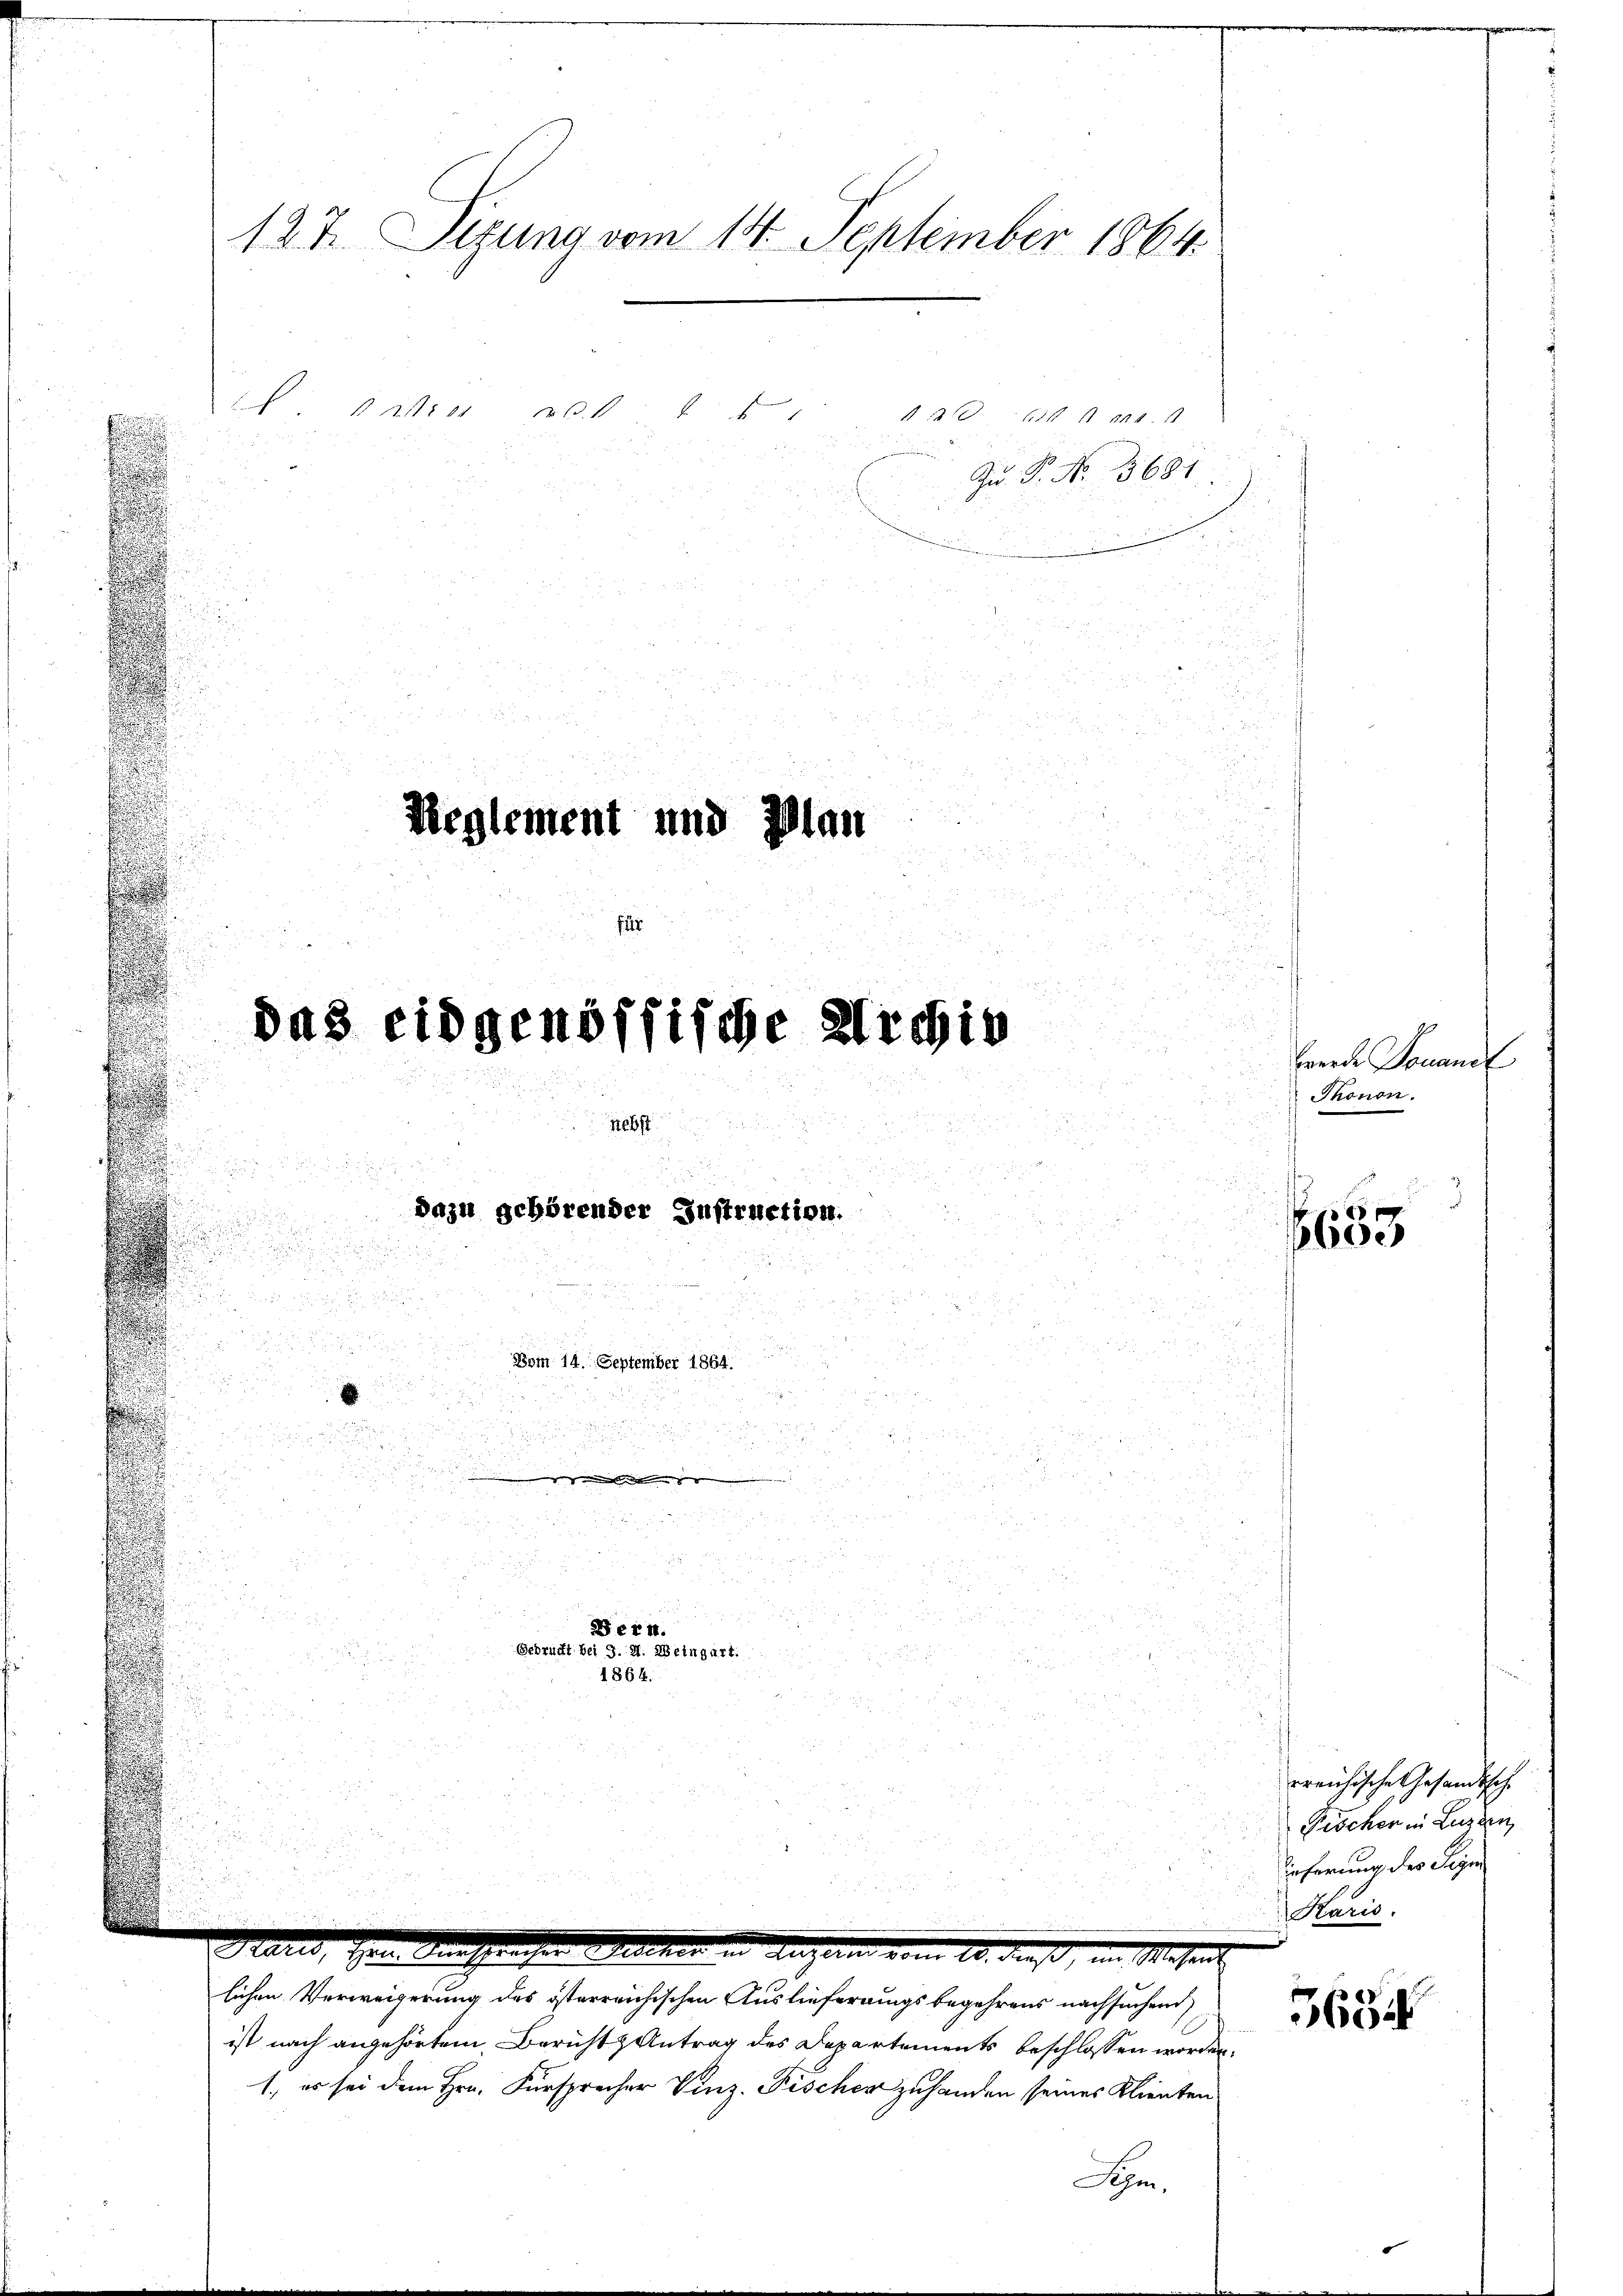
N. 118. 21. No. 1
Reglement und Plan
das eidgenössische Archiv

127. Sizung vom 14. September 1864.

i
d

.
dazu gehörender Instruction.

2
Vom 14. September 1864.

u
u

n
2
r
Bern.
Gebrückt bei J. H. Weingart.
1864.

10 bis an. 1
Zu P. No. 3681

.
.
Gares, den einsprechen verner in Ausein vom 10. dieß, im Wesents
lichen Verweigerung des österreichischen Auslieferungsbegehrens nachsuchend

ist nach angehörtem Bericht Antrag des Departements beschlossen worden.
1., es sei dem Hrn. Fürsprecher Vinz. Fischer zuhanden seines Klienten
Sehen,

a

Thonon.

600

werde Douandt

rreichische Gesandtsch
Fischer in Luzzen,
öcherung des Seye
Karis.

563